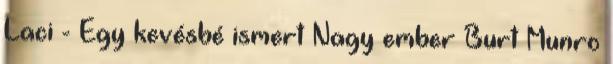
Laci - Egy kevésbé ismert Nagy ember Burt Munro